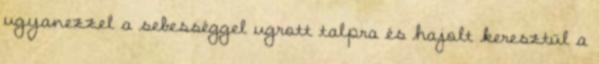
ugyanezzel a sebességgel ugrott talpra és hajolt keresztül a